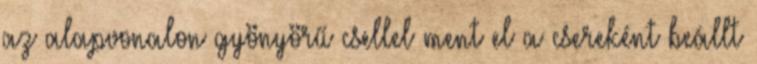
az alapvonalon gyönyörű csellel ment el a csereként beállt